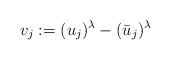
LaTeX: \begin{align*}v_j:= (u_j)^\lambda- (\bar u_j)^\lambda\end{align*}